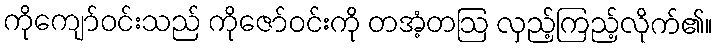
ကိုကျော်ဝင်းသည် ကိုဇော်ဝင်းကို တအံ့တဩ လှည့်ကြည့်လိုက်၏။